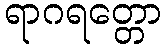
ရာဂရတ္တော